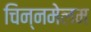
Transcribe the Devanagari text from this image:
चिन्नमेलम